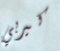
كيربي